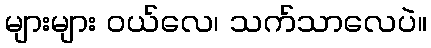
များများ ဝယ်လေ၊ သက်သာလေပဲ။